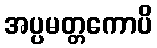
အပ္ပမတ္တကောပိ